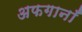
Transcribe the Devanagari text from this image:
अफगानाँं